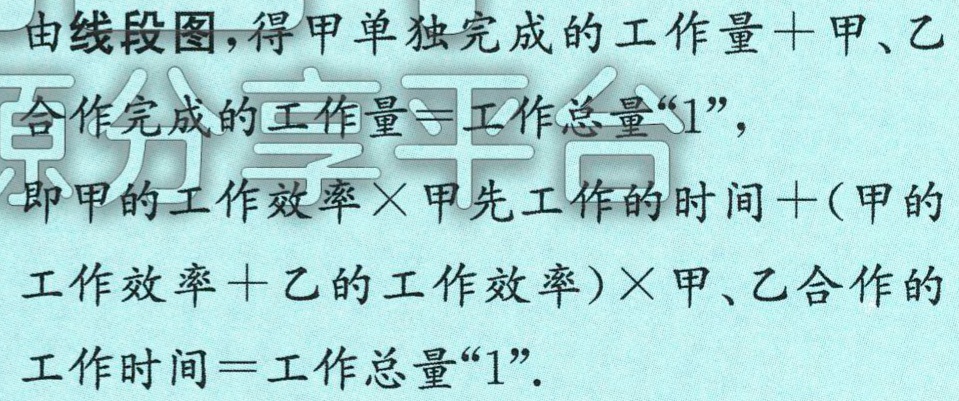
由线段图,得甲单独完成的工作量＋甲、乙
合作完成的工作量=工作总量“1”，
即甲的工作效率×甲先工作的时间＋(甲的
工作效率＋乙的工作效率)×甲、乙合作的
工作时间＝工作总量“1”.